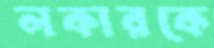
লকারকে